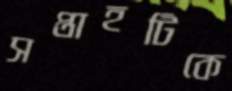
সপ্তাহটিকে